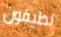
لطيفون